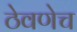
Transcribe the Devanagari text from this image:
ठेवणेच